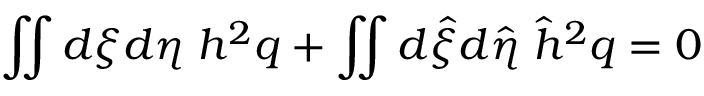
\iint d \xi d \eta \; h ^ { 2 } q + \iint d \hat { \xi } d \hat { \eta } \; \hat { h } ^ { 2 } q = 0